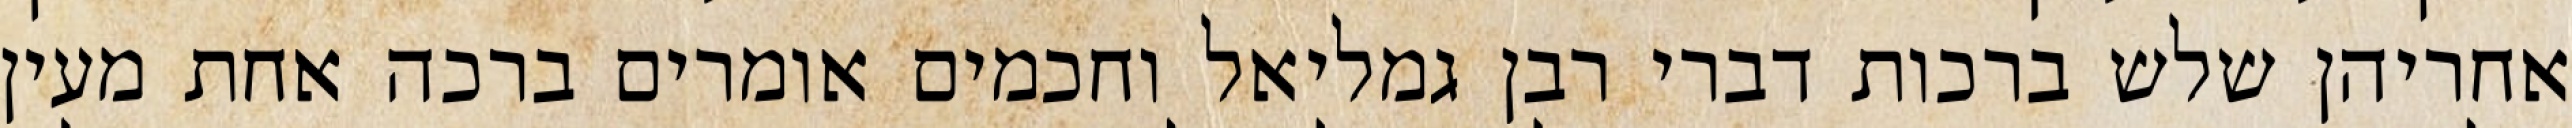
אחריהן שלש ברכות דברי רבן גמליאל וחכמים אומרים ברכה אחת מעין